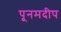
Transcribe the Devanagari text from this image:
पूनमदीप